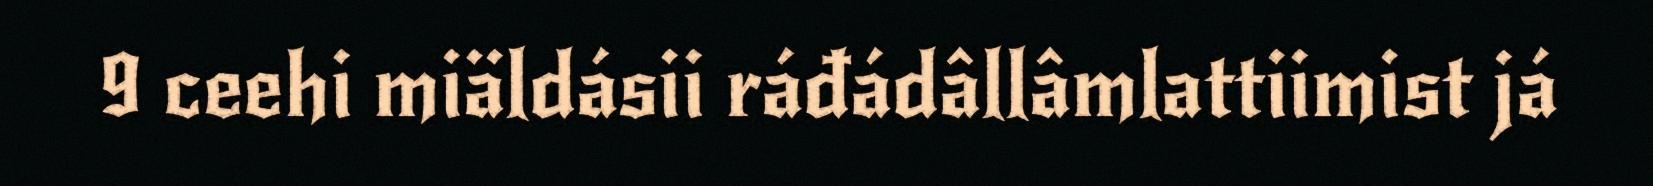
9 ceehi miäldásii ráđádâllâmlattiimist já